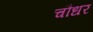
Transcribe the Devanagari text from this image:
चौधर